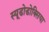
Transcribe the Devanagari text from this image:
स्यूडोडोक्सिया